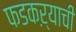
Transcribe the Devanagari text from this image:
फडकऱ्याची